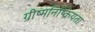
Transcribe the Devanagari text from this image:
ग्रीष्मनिष्क्रियता